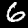
Digit: 6